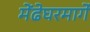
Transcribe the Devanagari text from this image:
मेंढेघरमार्गे